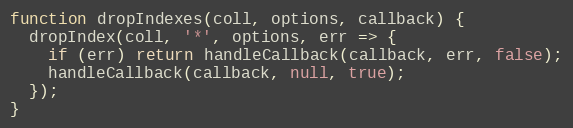
Language: JavaScript
function dropIndexes(coll, options, callback) {
  dropIndex(coll, '*', options, err => {
    if (err) return handleCallback(callback, err, false);
    handleCallback(callback, null, true);
  });
}